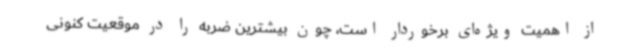
از اهمیت ویژه‌ای برخوردار است، چون بیشترین ضربه را در موقعیت کنونی